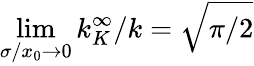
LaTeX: \operatorname*{lim}_{\sigma/x_{0}\to 0}k_{K}^{\infty}/k=\sqrt{\pi/2}